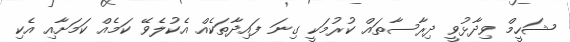
ޝަހީމް ވިދާޅުވީ ދިރާސާތައް ކުރުމަކީ ގިނަ ފައިދާތަކެއް އެކުލެވޭ ކަމެއް ކަމަށާއި އެކި